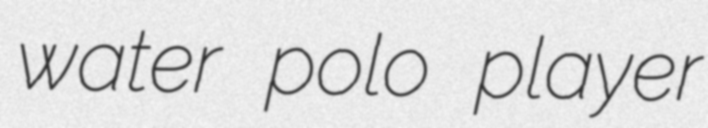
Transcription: water polo player